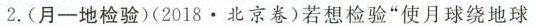
2.(月-地检验)(2018\bullet 北京卷)若想检验“使月球绕地球